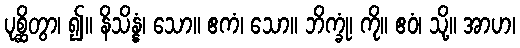
ပုစ္ဆိတွာ၊ ၍။ နိသိန္နံ၊ သော။ ဧကံ၊ သော။ ဘိက္ခုံ၊ ကို။ ဧဝံ၊ သို့။ အာဟ၊